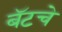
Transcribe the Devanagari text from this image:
बॅटचे